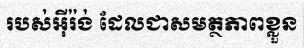
របស់អ៊ីរ៉ង់ ដែលជាសមត្ថភាពខ្លួន